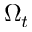
\Omega _ { t }